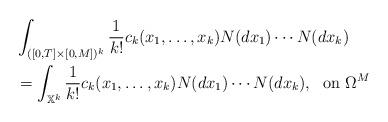
LaTeX: \begin{align*}&\int_{([0,T]\times[0,M])^k} \frac{1}{k!} c_k(x_1,\ldots,x_k) N(dx_1) \cdots N(dx_k) \\&= \int_{\mathbb X^k} \frac{1}{k!} c_k(x_1,\ldots,x_k) N(dx_1) \cdots N(dx_k), \; \textrm{ on } \Omega^M\end{align*}